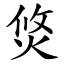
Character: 焂